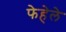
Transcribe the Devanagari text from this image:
फेहेले